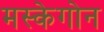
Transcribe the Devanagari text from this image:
मस्केगोन